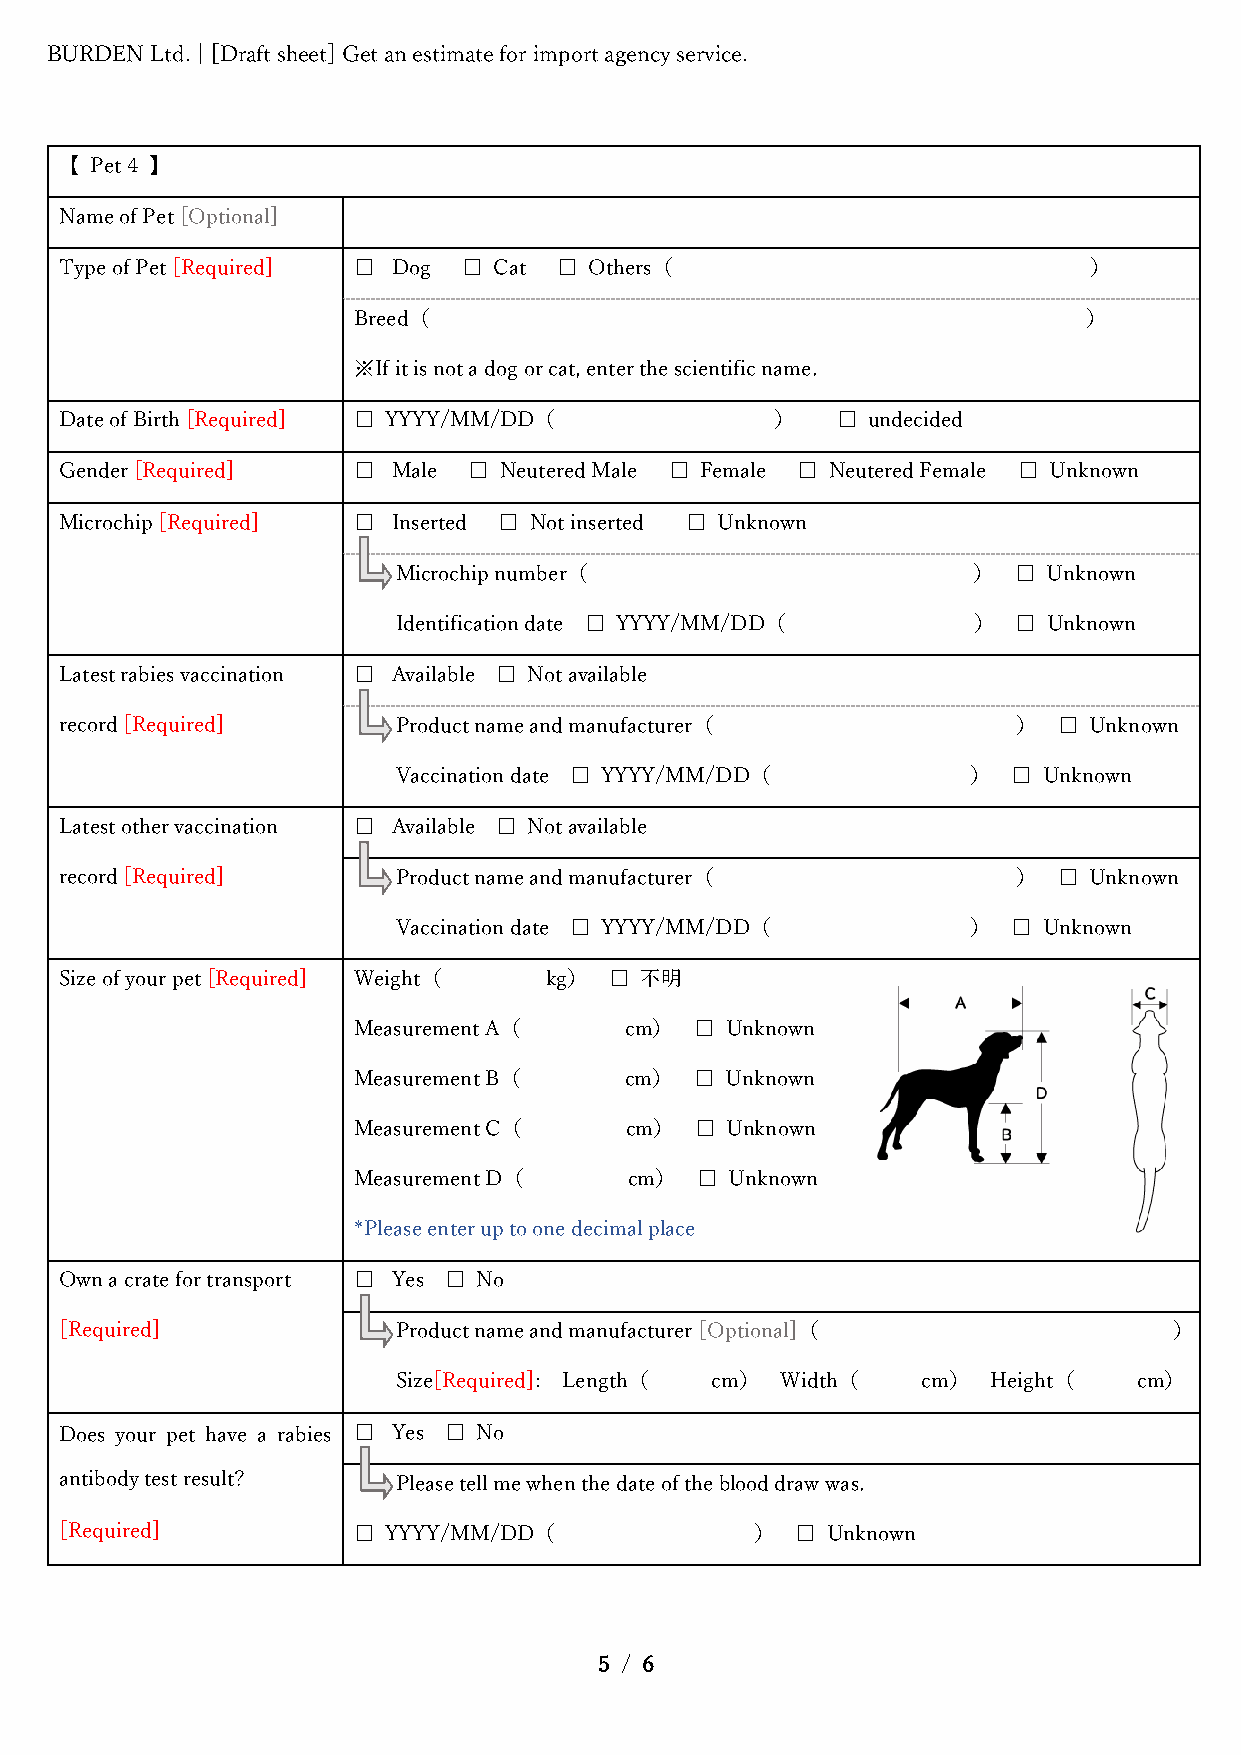
BURDEN Ltd. | [Draft sheet] Get an estimate for import agency service.
 【 Pet 4 】
 Name of Pet [Optional]
 Type of Pet [Required] □ Dog □ Cat □ Others（                        ）
 Breed（                                           ）
 ※If it is not a dog or cat, enter the scientific name.
 Date of Birth [Required] □ YYYY/MM/DD（         ）   □ undecided
 Gender [Required]  □  Male □ Neutered Male □ Female □ Neutered Female □ Unknown
 Microchip [Required] □ Inserted □ Not inserted □ Unknown
 Microchip number（                     ）  □ Unknown
 Identification date □ YYYY/MM/DD（     ）  □ Unknown
 Latest rabies vaccination □ Available □ Not available
 record [Required]     Product name and manufacturer（           ）  □ Unknown
 Vaccination date □ YYYY/MM/DD（        ）  □ Unknown
 Latest other vaccination □ Available □ Not available
 record [Required]     Product name and manufacturer（           ）  □ Unknown
 Vaccination date □ YYYY/MM/DD（        ）  □ Unknown
 Size of your pet [Required] Weight（ kg） □ 不明
 Measurement A（    cm）  □ Unknown
 Measurement B（    cm）  □ Unknown
 Measurement C（    cm）  □ Unknown
 Measurement D（     cm） □ Unknown
 *Please enter up to one decimal place
 Own a crate for transport □ Yes □ No
 [Required]            Product name and manufacturer [Optional]（           ）
 Size[Required]: Length（ cm） Width（ cm）  Height（  cm）
 Does your pet have a rabies □ Yes □ No
 antibody test result? Please tell me when the date of the blood draw was.
 [Required]         □ YYYY/MM/DD（              ）  □ Unknown
 5 / 6